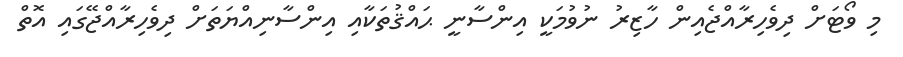
މި ވޯޓަށް ދިވެހިރާއްޖެއިން ހާޒިރު ނުވުމަކީ އިންސާނީ ޙައްޤުތަކާއި އިންސާނިއްޔަތަށް ދިވެހިރާއްޖޭގައި އޮތް